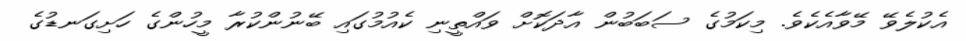
އެކުލެވޭ މޭވާއެކެވެ. މިކަމުގެ ސަބަބުން އާދަކޮށް ވައްތީނި ކެއުމުގައި ބޭނުންކުރާ މީހުންގެ ހަށިގަނޑުގެ